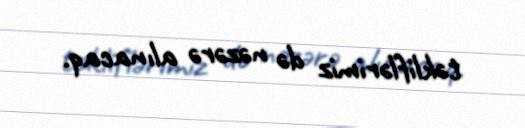
təkliflərimiz də nəzərə alınacaq.